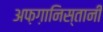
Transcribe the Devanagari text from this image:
अफ़ग़ानिस्तानी